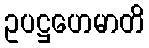
ဥပဋ္ဌဟေမာတိ